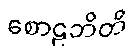
စောဠဘိတိ